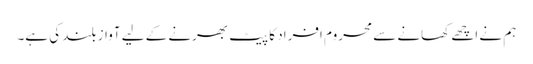
ہم نے اچھے کھانے سے محروم افراد کا پیٹ بھرنے کے لیے آواز بلند کی ہے۔